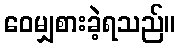
ဝေမျှစားခဲ့ရသည်။